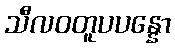
သီလဝတူပပန္နော